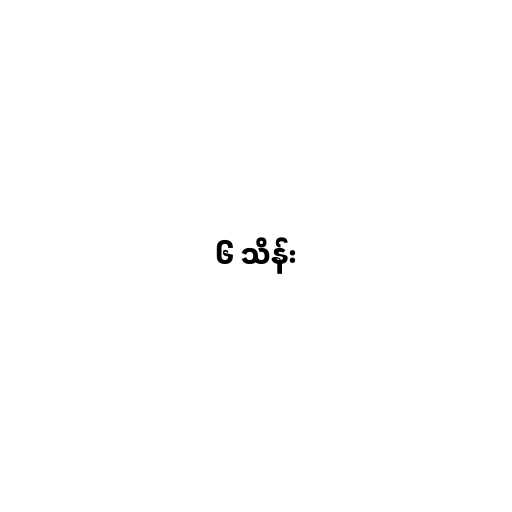
၆ သိန်း